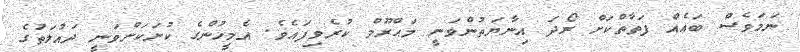
ނަމަވެސް ބައެއް ފަތާތްކަށް ރޯދަ އިނާޔަތުންވަނީ މަޙްރޫމް ކުރެވިފައެވެ. އެމީހުންގެ ކުށަކަށްވަނީ ދައުލަތުގެ